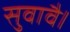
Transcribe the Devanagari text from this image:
सुवावै।